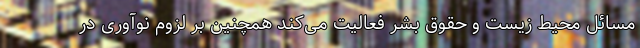
مسائل محیط زیست و حقوق بشر فعالیت می‌کند همچنین بر لزوم نوآوری در